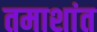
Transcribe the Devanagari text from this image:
तमाशांत